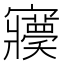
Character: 𡬊